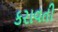
કરાવતી